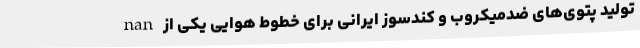
nan تولید پتوی‌های ضدمیکروب و کُندسوز ایرانی برای خطوط هوایی یکی از